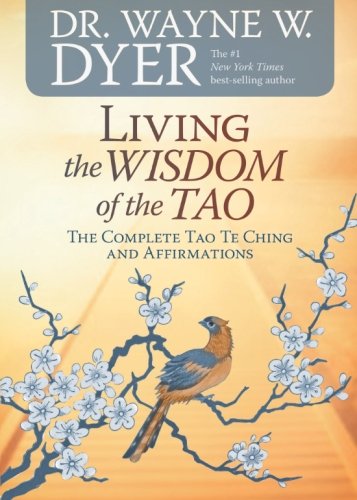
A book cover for Living the Wisdom of the Tao: The Complete Tao Te Ching and Affirmations; Dr. Wayne W. Dyer; Self-Help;